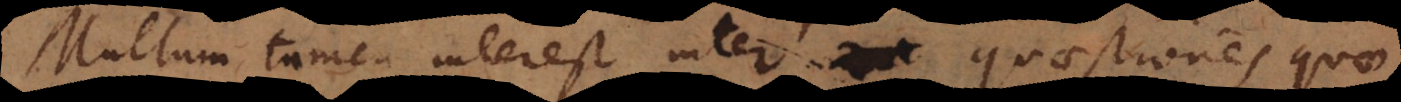
Multum tamen interest inter quaestiones quae